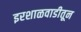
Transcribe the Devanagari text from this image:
इरशाळवाडीतून